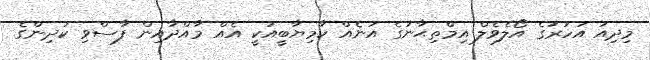
މިދިއަ އަހަރުގެ އޯލެވެލް އިމްތިޙާނުގެ އަނެއް ކާމިޔާބީއަކީ އެއް މާއްދާއިން ފާސްވި ކުދިންގެ